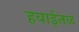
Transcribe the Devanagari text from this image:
हवाईतळ